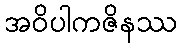
အဝိပါကဇိနဿ